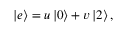
\left| e \right> = u \left| 0 \right> + v \left| 2 \right> ,